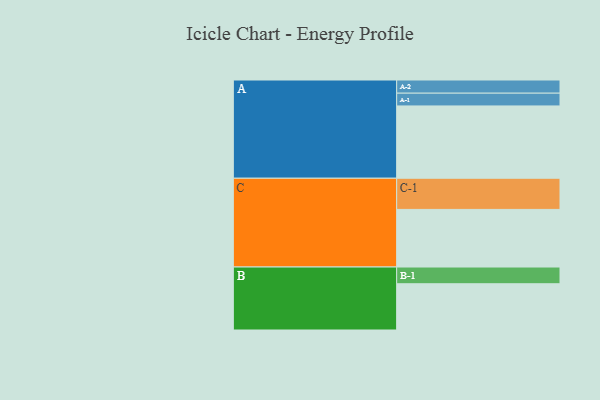
{"axis": {"x": "Segment", "y": "Value"}, "legend": ["", "A", "B", "C"], "data": [{"x": "A", "y": 566, "type": ""}, {"x": "B", "y": 362, "type": ""}, {"x": "C", "y": 451, "type": ""}, {"x": "A-1", "y": 100, "type": "A"}, {"x": "A-2", "y": 103, "type": "A"}, {"x": "B-1", "y": 131, "type": "B"}, {"x": "C-1", "y": 244, "type": "C"}]}